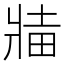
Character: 𬌅